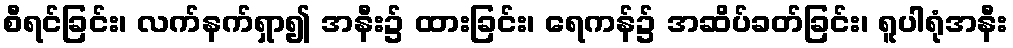
စီရင်ခြင်း၊ လက်နက်ရှာ၍ အနီး၌ ထားခြင်း၊ ရေကန်၌ အဆိပ်ခတ်ခြင်း၊ ရူပါရုံအနီး